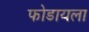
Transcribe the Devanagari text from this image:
फोडायला